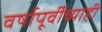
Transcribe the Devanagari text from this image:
वर्षापूर्वीच्याही